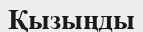
Қызыңды